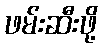
ဖမ်းဆီးဖို့